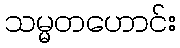
သမ္မတဟောင်း